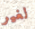
لغير